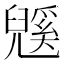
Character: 𭀹